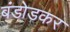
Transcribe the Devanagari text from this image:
बंडोडकर